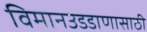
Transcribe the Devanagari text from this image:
विमानउडडाणासाठी